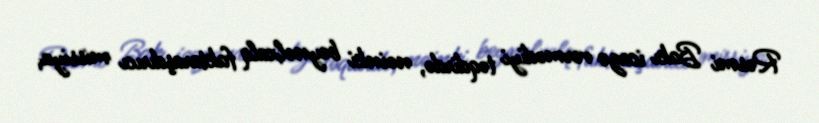
Rəsmi Bakı icazə vermədiyi təqdirdə, nəinki beynəlxalq faktaraşdırıcı missiya,